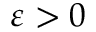
\varepsilon > 0